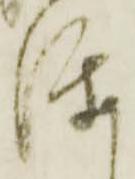
渡